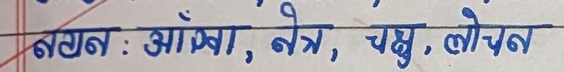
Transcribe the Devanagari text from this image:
नयन : आँखा, नेत्र, चक्षु, लोचन